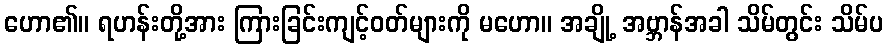
ဟော၏။ ရဟန်းတို့အား ကြားခြင်းကျင့်ဝတ်များကို မဟော။ အချို့ အဗ္ဘာန်အခါ သိမ်တွင်း သိမ်ပ